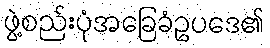
ဖွဲ့စည်းပုံအခြေခံဥပဒေ၏